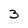
Character: 3